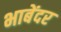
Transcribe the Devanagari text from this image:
भाबेंदर